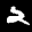
Label: 2